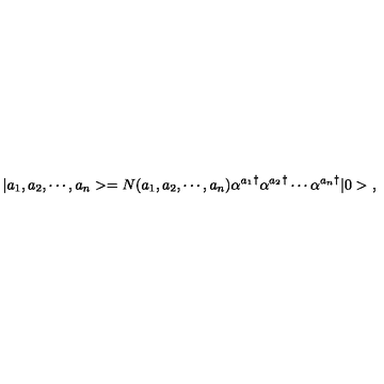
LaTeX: | a _ { 1 } , a _ { 2 } , \cdots , a _ { n } > = N ( a _ { 1 } , a _ { 2 } , \cdots , a _ { n } ) { \alpha ^ { a _ { 1 } } } ^ { \dagger } { \alpha ^ { a _ { 2 } } } ^ { \dagger } \cdots { \alpha ^ { a _ { n } } } ^ { \dagger } | 0 > \ ,